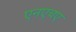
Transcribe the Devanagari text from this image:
एनएचए